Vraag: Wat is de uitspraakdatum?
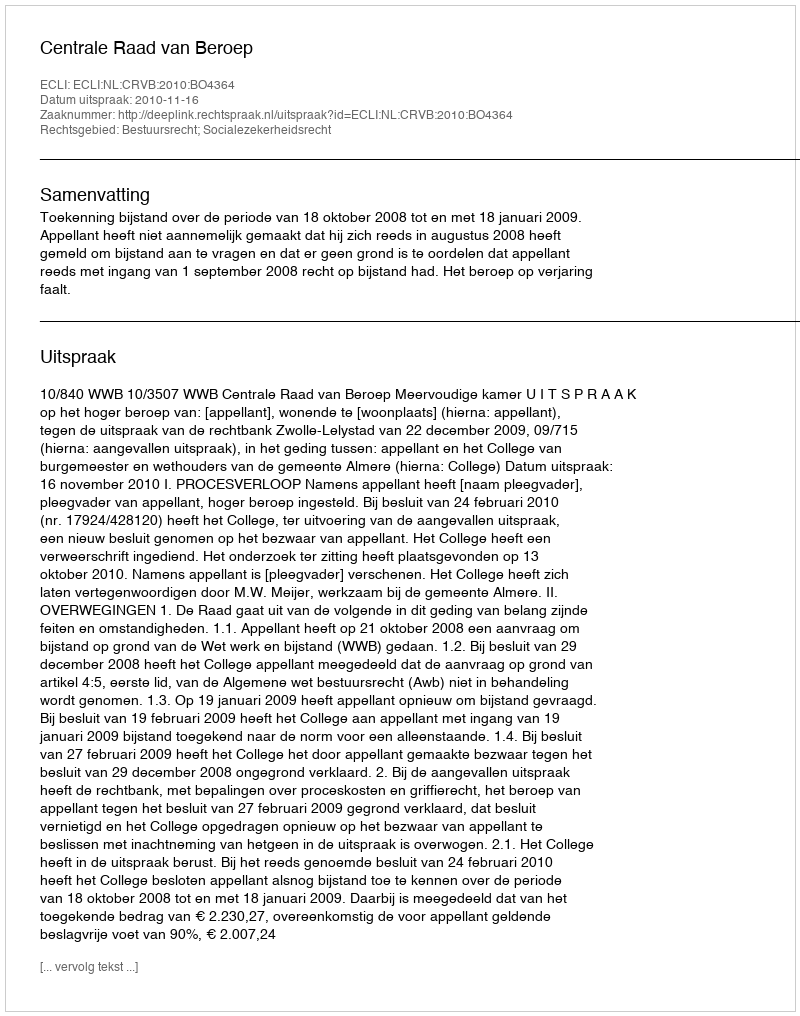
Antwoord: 2010-11-16